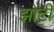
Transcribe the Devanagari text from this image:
झोंटी